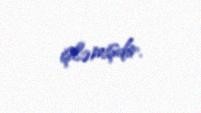
işləmişdir.